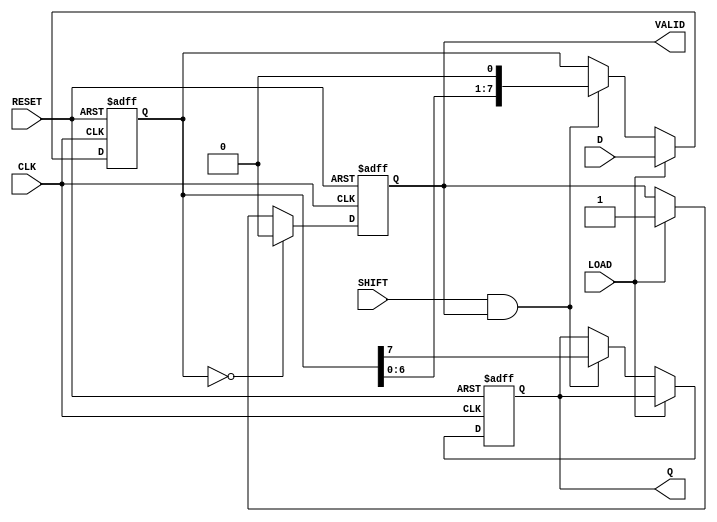
module PISO_Register #(
    parameter WIDTH = 8  // Configurable width of the data bus (default is 8 bits)
)(
    input  wire                CLK,    // Clock signal
    input  wire                RESET,  // Asynchronous reset signal
    input  wire                LOAD,   // Load control signal
    input  wire                SHIFT,  // Shift control signal
    input  wire [WIDTH-1:0]   D,      // Parallel data input
    output reg                 Q,      // Serial output
    output reg                 VALID    // Output valid signal
);

    reg [WIDTH-1:0] shift_reg; // Shift register to hold the data

    always @(posedge CLK or posedge RESET) begin
        if (RESET) begin
            shift_reg <= {WIDTH{1'b0}}; // Clear the register on reset
            Q <= 1'b0;                 // Reset output
            VALID <= 1'b0;             // Output not valid
        end
        else begin
            if (LOAD) begin
                shift_reg <= D;         // Load parallel data into the shift register
                VALID <= 1'b1;          // Data is valid after loading
            end
            else if (SHIFT && VALID) begin
                Q <= shift_reg[WIDTH-1]; // Output the MSB
                shift_reg <= {shift_reg[WIDTH-2:0], 1'b0}; // Shift left
            end
            
            // Set VALID to 0 when all data has been shifted out
            if (shift_reg == 0) begin
                VALID <= 1'b0; // No valid data left
            end
        end
    end

endmodule